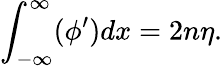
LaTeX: \int_{-\infty}^{\infty}(\phi^{\prime})dx=2n\eta.